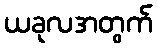
ယခုလအတွက်